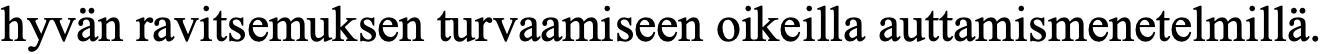
hyvän ravitsemuksen turvaamiseen oikeilla auttamismenetelmillä.